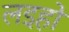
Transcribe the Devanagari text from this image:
लइहों